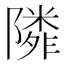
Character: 𨼺